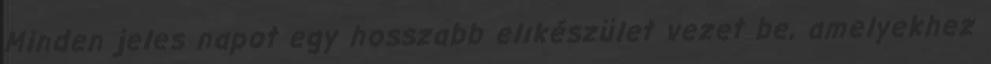
Minden jeles napot egy hosszabb elıkészület vezet be, amelyekhez